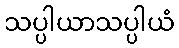
သပ္ပါယာသပ္ပါယံ